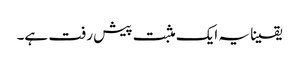
یقینا یہ ایک مثبت پیش رفت ہے۔